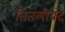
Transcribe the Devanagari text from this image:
तितलीबंद